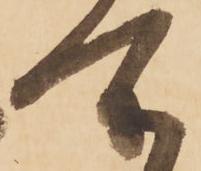
所